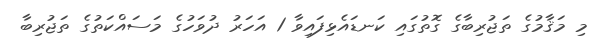
މި މަޤާމުގެ ތަޖުރިބާގެ ގޮތުގައި ކަނޑައެޅިފައިވާ 1 އަހަރު ދުވަހުގެ މަސައްކަތުގެ ތަޖުރިބާ